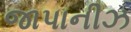
જાપાનીઝ